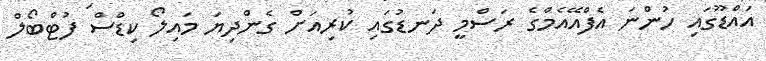
އައްޑޫގައި ހުންނަ އެފްއޭއެމްގެ ރަސްމީ ދަނޑުގައި ކުރިއަށް ގެންދިޔަ މައިލޯ ކިޑްސް ފުޓްބޯލް